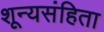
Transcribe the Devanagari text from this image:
शून्यसंहिता